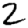
Digit: 2